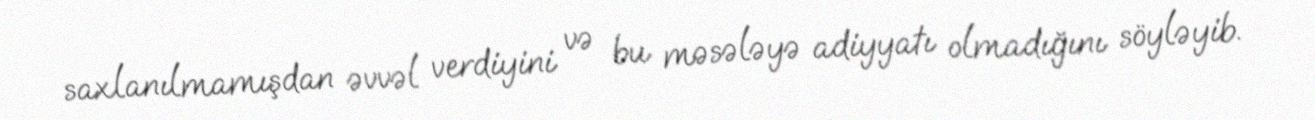
saxlanılmamışdan əvvəl verdiyini və bu məsələyə adiyyatı olmadığını söyləyib.